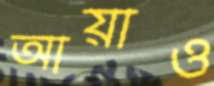
আয়াও